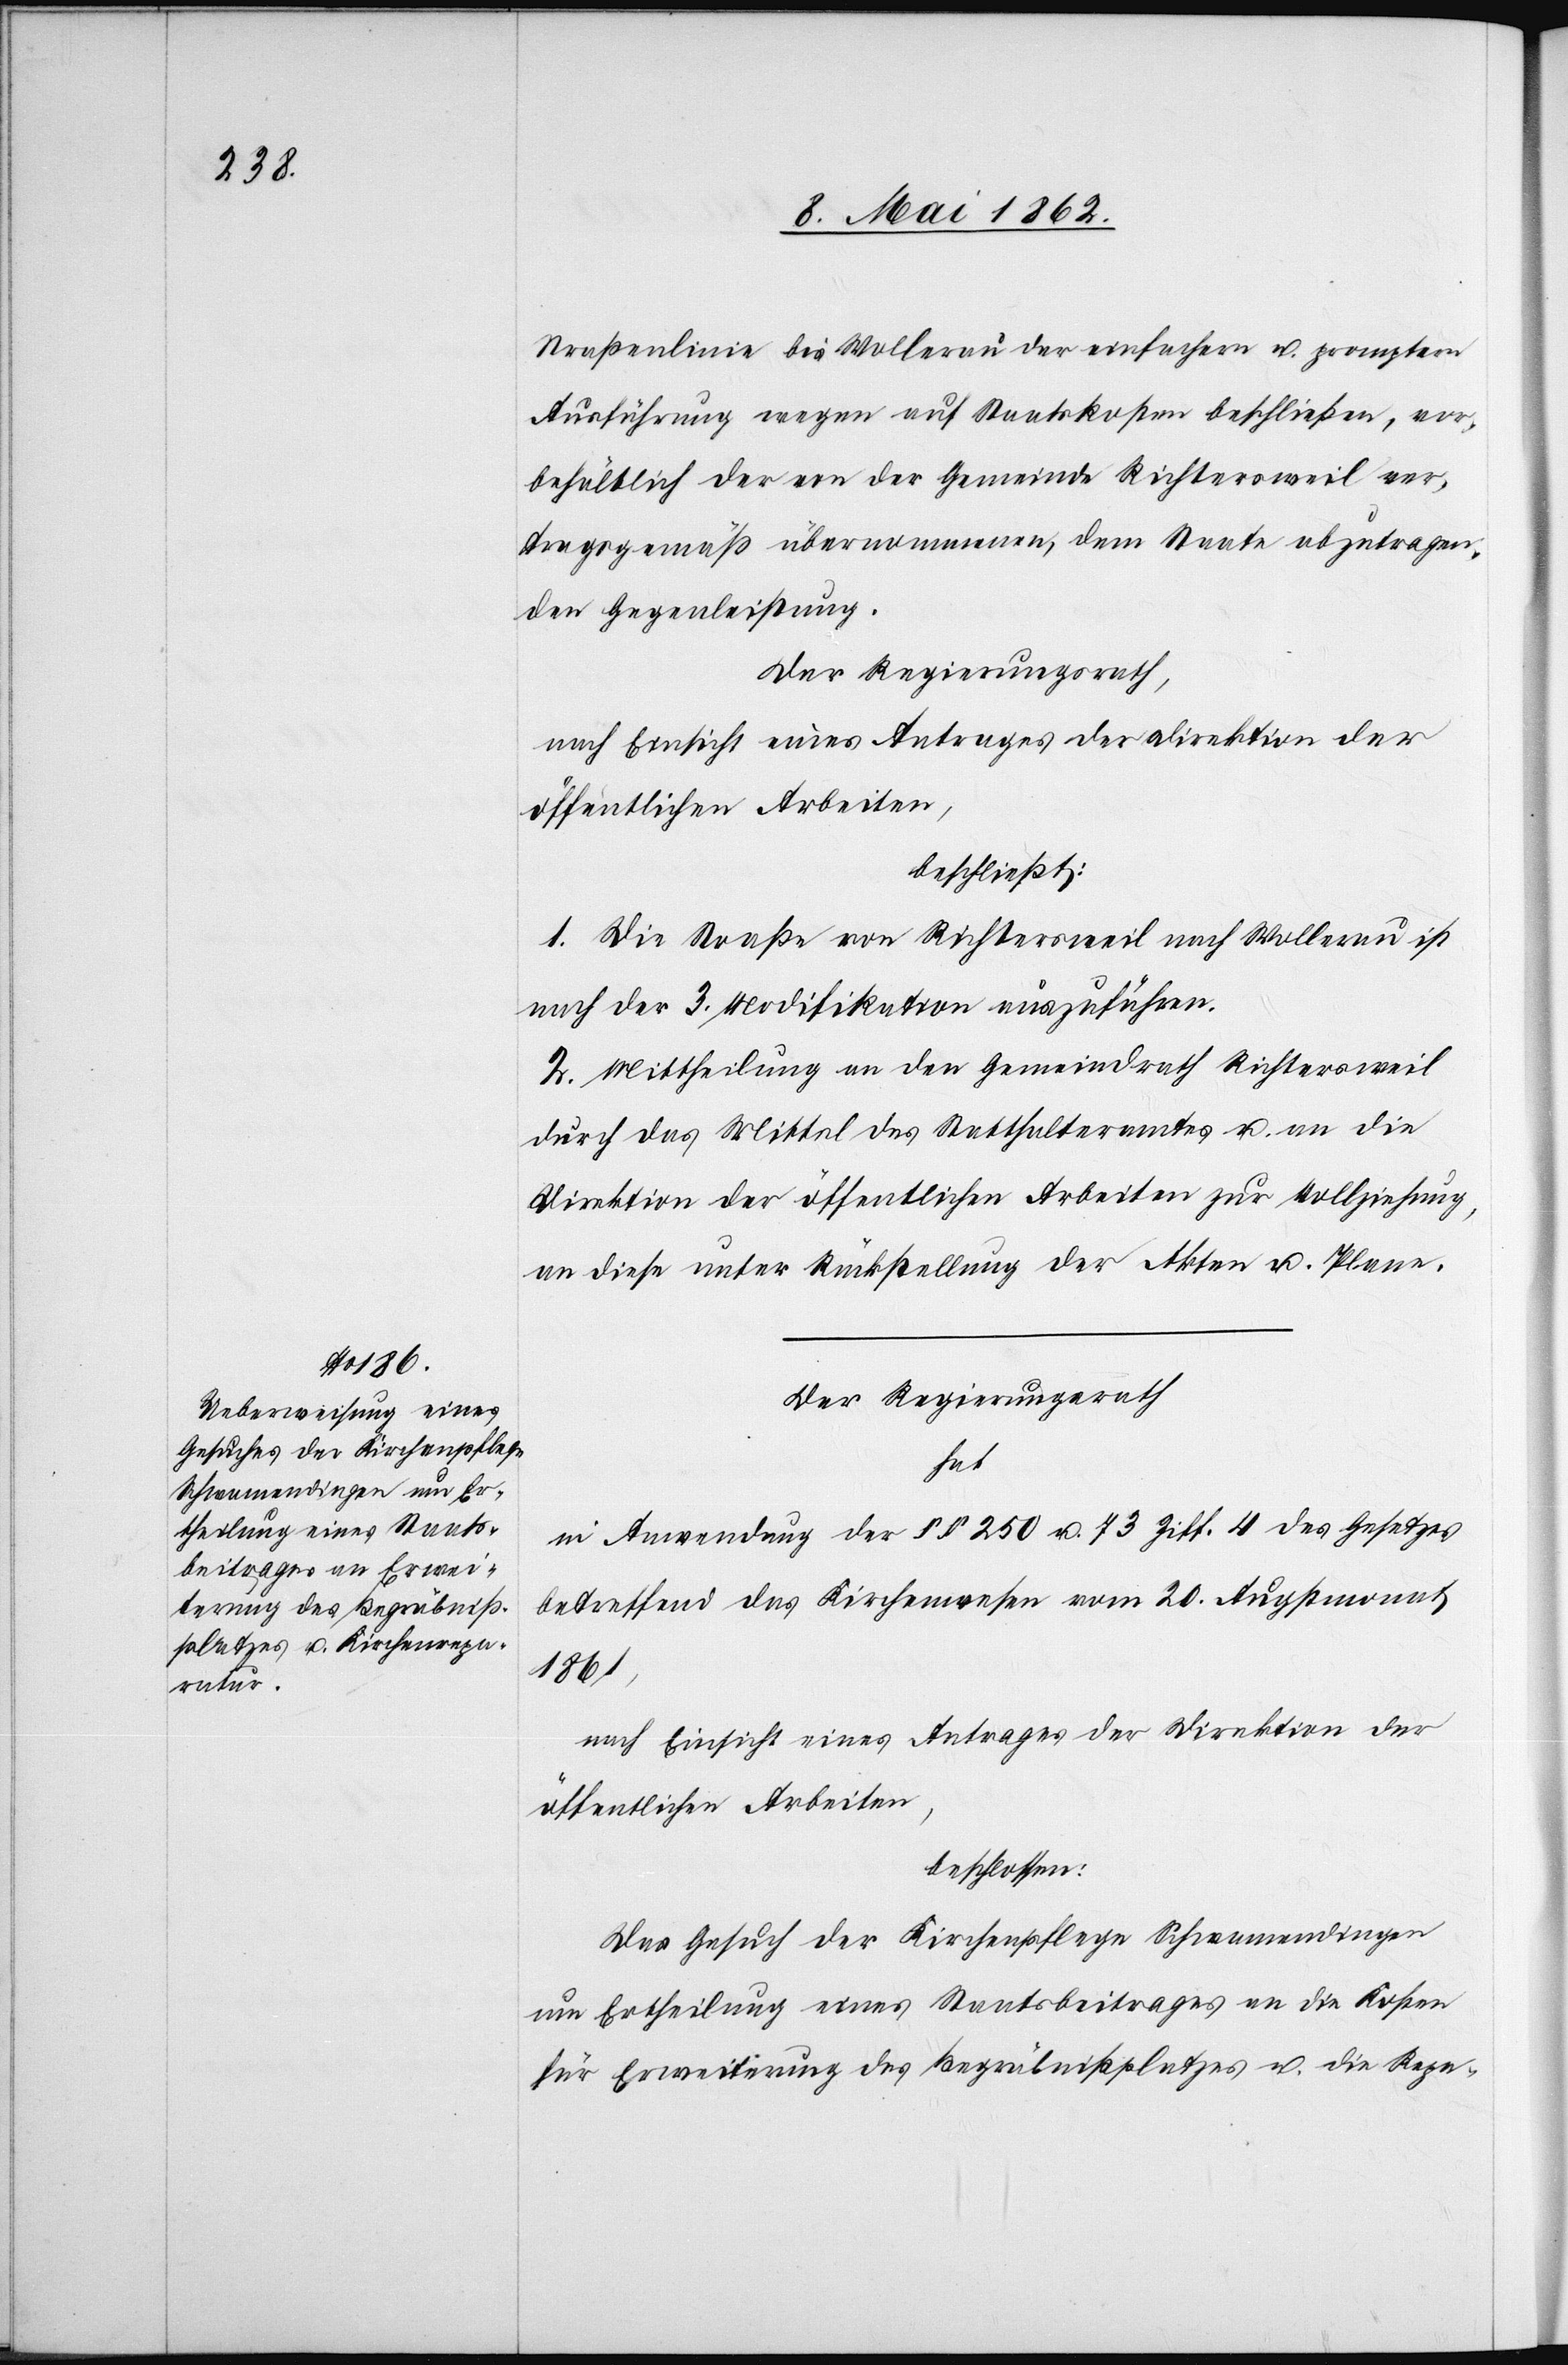
Straßenlinie bei Wollerau der einfachern u. promptern
Ausführung wegen auf Staatskosten beschließen, vor¬
behältlich der von der Gemeinde Richtersweil ver¬
tragsgemäß übernommenen, dem Staate abzutragen¬
den Gegenleistung.
Der Regierungsrath,
nach Einsicht eines Antrages der Direktion der
öffentlichen Arbeiten,
beschließt:
1. Die Straße von Richtersweil nach Wollerau ist
nach der 3. Modifikation auszuführen.
2. Mittheilung an den Gemeindrath Richtersweil
durch das Mittel des Statthalteramtes u. an die
Direktion der öffentlichen Arbeiten zur Vollziehung,
an diese unter Rückstellung der Akten u. Plane.
Der Regierungsrath
hat
in Anwendung der §§ 250 u. 73 Ziff. 4 des Gesetzes
betreffend das Kirchenwesen vom 20. Augstmonat
1861,
nach Einsicht eines Antrages der Direktion der
öffentlichen Arbeiten,
beschlossen:
Das Gesuch der Kirchenpflege Schwamendingen
um Ertheilung eines Staatsbeitrages an die Kosten
für Erweiterung des Begräbnißplatzes u. die Repa-